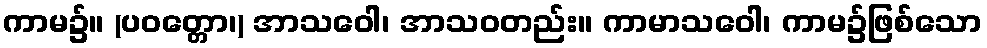
ကာမ၌။ (ပဝတ္တော၊) အာသဝေါ၊ အာသဝတည်း။ ကာမာသဝေါ၊ ကာမ၌ဖြစ်သော